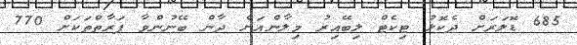
685 ޑޮލަރަށް ދެކޮޅު ޓިކެޓް ލިބޭއިރު މިލާންއަށް ދާން ބޭނުންވާ ފަރާތްތަކަށް 770